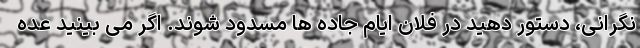
نگرانی، دستور دهید در فلان ایام جاده ها مسدود شوند. اگر می بینید عده